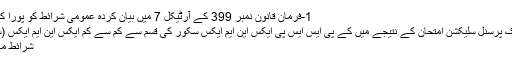
1-فرمان قانون نمبر 399 کے آرٹیکل 7 میں بیان کردہ عمومی شرائط کو پورا کرنے کے ل، ،
3- 2018 پبلک پرسنل سلیکشن امتحان کے نتیجے میں کے پی ایس ایس پی ایکس این ایم ایکس سکور کی قسم سے کم سے کم ایکس این ایم ایکس (ستر) پوائنٹس ،
شرائط مانگی جاتی ہیں۔